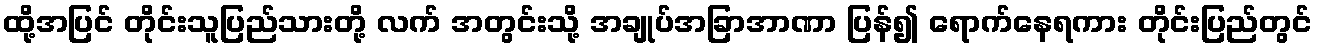
ထို့အပြင် တိုင်းသူပြည်သားတို့ လက် အတွင်းသို့ အချုပ်အခြာအာဏာ ပြန်၍ ရောက်နေရကား တိုင်းပြည်တွင်